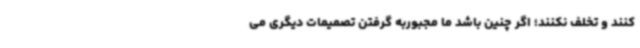
کنند و تخلف نکنند؛ اگر چنین باشد ما مجبوربه گرفتن تصمیمات دیگری می